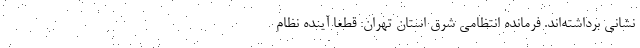
نشانی برداشته‌اند. فرمانده انتظامی شرق استان تهران: قطعا آینده نظام